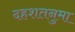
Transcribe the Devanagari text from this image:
दहशतनुमा